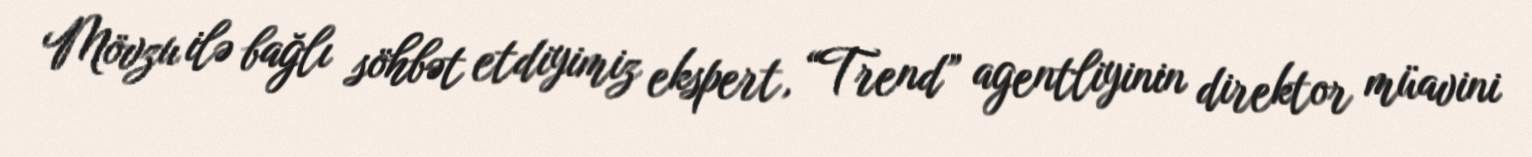
Mövzu ilə bağlı söhbət etdiyimiz ekspert, “Trend” agentliyinin direktor müavini